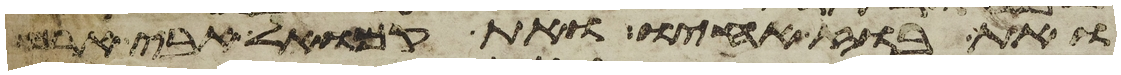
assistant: ואת בוז אחיו ואת קמואל אבי ארם